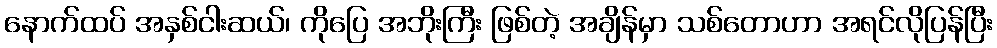
နောက်ထပ် အနှစ်ငါးဆယ်၊ ကိုပြေ အဘိုးကြီး ဖြစ်တဲ့ အချိန်မှာ သစ်တောဟာ အရင်လိုပြန်ပြီး